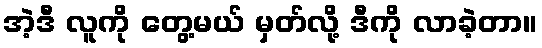
အဲ့ဒီ လူကို တွေ့မယ် မှတ်လို့ ဒီကို လာခဲ့တာ။